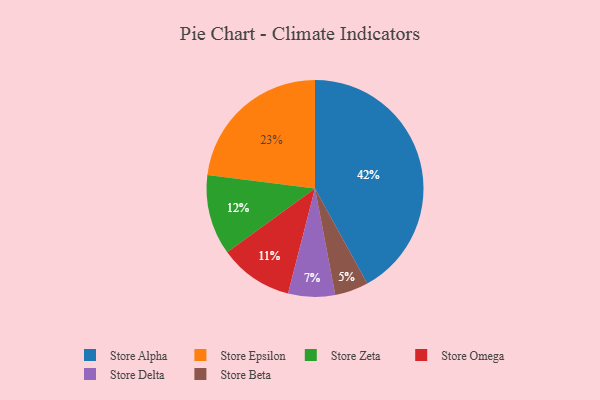
{"axis": {"x": "Category", "y": "Percentage"}, "legend": ["Store Alpha", "Store Beta", "Store Delta", "Store Epsilon", "Store Omega", "Store Zeta"], "data": [{"x": "Store Alpha", "y": 42, "type": "Store Alpha"}, {"x": "Store Zeta", "y": 12, "type": "Store Zeta"}, {"x": "Store Beta", "y": 5, "type": "Store Beta"}, {"x": "Store Delta", "y": 7, "type": "Store Delta"}, {"x": "Store Omega", "y": 11, "type": "Store Omega"}, {"x": "Store Epsilon", "y": 23, "type": "Store Epsilon"}]}